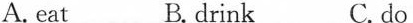
A.eat B. drink C. do